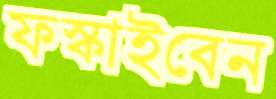
ফস্‌কাইবেন